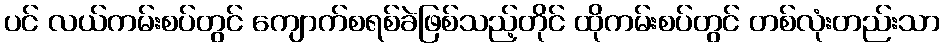
ပင် လယ်ကမ်းစပ်တွင် ကျောက်စရစ်ခဲဖြစ်သည့်တိုင် ထိုကမ်းစပ်တွင် တစ်လုံးတည်းသာ